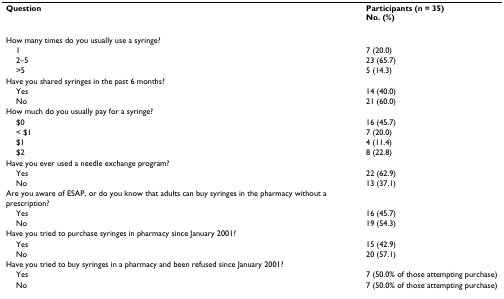
<table><thead><tr><td><b>Question</b></td><td><b>Participants (n = 35)No. (%)</b></td></tr></thead><tbody><tr><td>How many times do you usually use a syringe?</td><td></td></tr><tr><td> 1</td><td>7 (20.0)</td></tr><tr><td> 2–5</td><td>23 (65.7)</td></tr><tr><td> &gt;5</td><td>5 (14.3)</td></tr><tr><td>Have you shared syringes in the past 6 months?</td><td></td></tr><tr><td> Yes</td><td>14 (40.0)</td></tr><tr><td> No</td><td>21 (60.0)</td></tr><tr><td>How much do you usually pay for a syringe?</td><td></td></tr><tr><td> $0</td><td>16 (45.7)</td></tr><tr><td> &lt; $1</td><td>7 (20.0)</td></tr><tr><td> $1</td><td>4 (11.4)</td></tr><tr><td> $2</td><td>8 (22.8)</td></tr><tr><td>Have you ever used a needle exchange program?</td><td></td></tr><tr><td> Yes</td><td>22 (62.9)</td></tr><tr><td> No</td><td>13 (37.1)</td></tr><tr><td>Are you aware of ESAP, or do you know that adults can buy syringes in the pharmacy without a prescription?</td><td></td></tr><tr><td> Yes</td><td>16 (45.7)</td></tr><tr><td> No</td><td>19 (54.3)</td></tr><tr><td>Have you tried to purchase syringes in pharmacy since January 2001?</td><td></td></tr><tr><td> Yes</td><td>15 (42.9)</td></tr><tr><td> No</td><td>20 (57.1)</td></tr><tr><td>Have you tried to buy syringes in a pharmacy and been refused since January 2001?</td><td></td></tr><tr><td> Yes</td><td>7 (50.0% of those attempting purchase)</td></tr><tr><td> No</td><td>7 (50.0% of those attempting purchase)</td></tr></tbody></table>